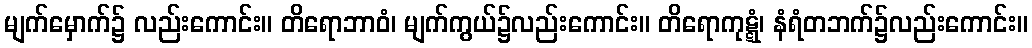
မျက်မှောက်၌ လည်းကောင်း။ တိရောဘာဝံ၊ မျက်ကွယ်၌လည်းကောင်း။ တိရောကုဋ္ဋံ၊ နံရံတဘက်၌လည်းကောင်း။